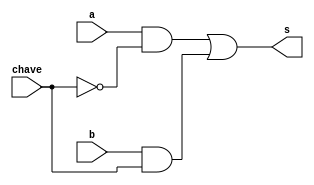
// Exemplo0034 - BASE
// Nome: Lucas Porto Lopes
// Matricula 451408

//gates

module multiplexador(output s, input a, input b, input chave);
	wire alpha, beta, tmp;
	
	not (tmp, chave);
	and (beta, b, chave);	
	and (alpha, a , tmp);
	
	or (s, alpha, beta);
	
endmodule

module f4(output s, input a, input b, input [1:0] chave);
	wire alpha, beta, gama, delta, epsilon, digama;
	
	or  (alpha, a, b);
	nor (beta , a, b);
	multiplexador m(gama , alpha, beta, chave[0]);
	xor  (epsilon, a, b);
	xnor (digama , a, b);
	multiplexador h(delta, epsilon, digama, chave[0]);
	multiplexador g(s, gama, delta, chave[1]);
	
endmodule

module teste_f4;
	reg[1:0] chave;
	reg[0:0] x;
	reg[0:0] y;
	wire[0:0] z;
	
	f4 modulo (z, x, y, chave);
	
	initial begin
		$display("Exemplo0034 - Lucas Porto Lopes - 451408");
		$display("test LU's module");
		
		chave = 2'b00;
		x = 1'b0;
		y = 1'b0;
		
		#1
		$display("%3b %3b %3b", x, y, z);
		
		
	end
	
endmodule